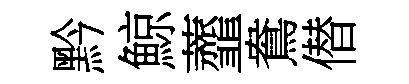
黔鯨虀鴦僣